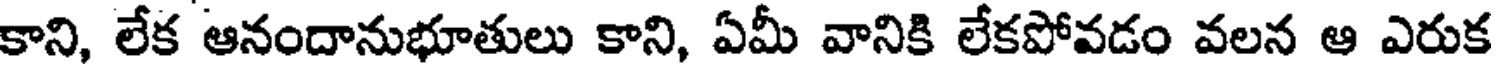
కాని, లేక ఆనందానుభూతులు కాని, ఏమీ వానికి లేకపోవడం వలన ఆ ఎరుక